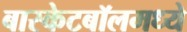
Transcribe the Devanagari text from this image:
बास्केटबॉलमध्ये